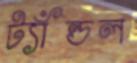
ট্যাঁন্ডল